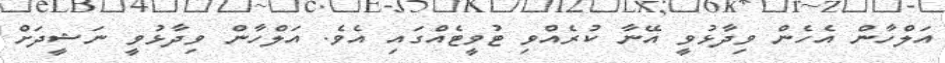
އަލްހާން އެހެން ވިދާޅުވީ އޭނާ ކުރެއްވި ޓުވީޓެއްގައި އެވެ. އަލްހާން ވިދާޅުވީ ނަޝީދަށް